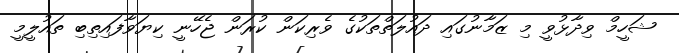
ޝަހީމް ވިދާޅުވީ މި ޒަމާނުގައި ދައުލަތްތަކުގެ ވެރިކަން ކުރަން ޖެހޭނީ ކިޔަވާފައިތިބި ތައުލީމީ